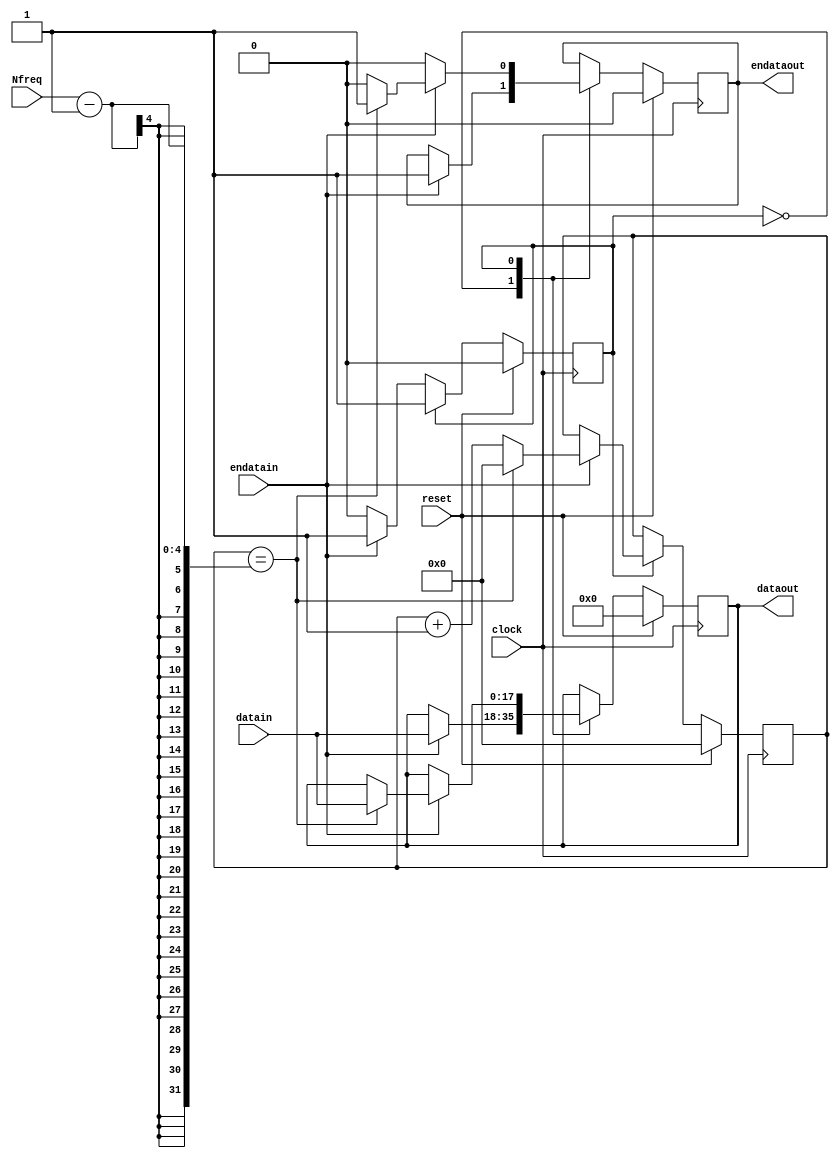
module downsample(
    input clock, // Master clock
    input reset, // master reset, synchronous, active high
    input [3:0] Nfreq, // sampling rate divide factor
    input [17:0] datain, // input data
	input endatain, // in clock enable, Fs=48kHz
	output [17:0] dataout, // output data
	output endataout // out clock enable, Fs = 48kHz/Nfreq
);

reg signed[17:0] temp_reg;
reg [4:0] counter;
reg state;
reg new_freq;

localparam INIT=1'b0, S1=1'b1;

always@(posedge clock)begin
if(reset)begin
	temp_reg<=0;
	state<=INIT;
	counter<=0;
	new_freq<=0;
end
else begin
case(state)
INIT: begin
		if(endatain)begin
			temp_reg<=datain;
			new_freq<=1;
			state<=S1;
			end
		end
S1: begin
	 if(endatain)begin
		if(counter==Nfreq-1)begin
		temp_reg<=datain;
		new_freq<=1;
		counter<=0;
		end
	 else begin
		new_freq<=0;
		counter<=counter+1;
		end
	 end
	 else begin
		new_freq<=0;
	 end
	 end
endcase
end
end

assign dataout = temp_reg;

assign endataout = new_freq;

endmodule